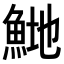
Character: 𬵍